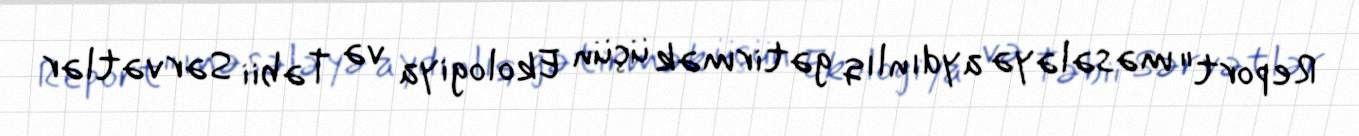
Report" məsələyə aydınlıq gətirmək üçün Ekologiya və Təbii Sərvətlər